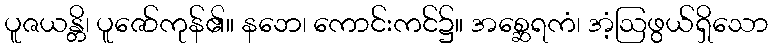
ပူဇယန္တိ၊ ပူဇော်ကုန်၏။ နဘေ၊ ကောင်းကင်၌။ အစ္ဆေရကံ၊ အံ့ဩဖွယ်ရှိသော